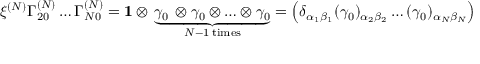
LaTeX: \xi ^ { ( N ) } \Gamma _ { 2 0 } ^ { ( N ) } \ldots \Gamma _ { N 0 } ^ { ( N ) } = { \bf 1 } \otimes \, \underbrace { \gamma _ { 0 } \, \otimes \gamma _ { 0 } \otimes \ldots \otimes \gamma _ { 0 } } _ { N - 1 \; \mathrm { t i m e s } } = \left( \delta _ { \alpha _ { 1 } \beta _ { 1 } } ( \gamma _ { 0 } ) _ { \alpha _ { 2 } \beta _ { 2 } } \ldots ( \gamma _ { 0 } ) _ { \alpha _ { N } \beta _ { N } } \right)